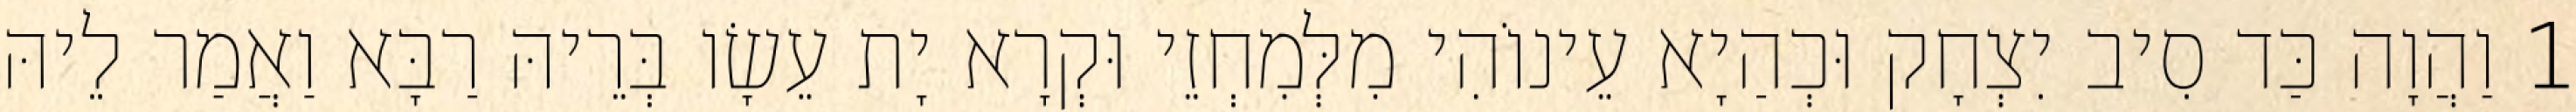
1 וַהֲוָה כַּד סִיב יִצְחָק וּכְהַיָא עֵינוֹהִי מִלְּמִחְזֵי וּקְרָא יָת עֵשָׂו בְּרֵיהּ רַבָּא וַאֲמַר לֵיהּ